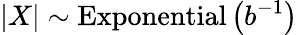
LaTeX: \left|X\right|\sim{\textrm{Exponential}}\left(b^{-1}\right)